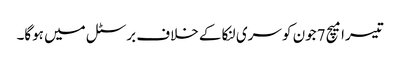
تیسرا میچ 7جون کو سری لنکا کے خلاف برسٹل میں ہوگا۔